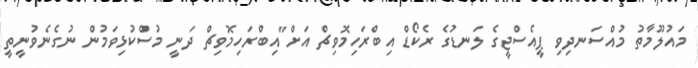
މައުލޫމާތު މުއްސަނދިވި ޕީއެސްޖީގެ ލަނޑުގެ ރެކޯޑް އިބްރަހިމޮވިޗް އަށް"އިބްރަހިމޮވިޗް ދަނީ މުސްކުޅިވަމުން ނުގެނެވުނީތީ